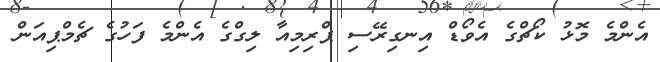
އެންމެ މޮޅު ކޯޗްގެ އެވޯޑް އިނގިރޭސި ޕްރިމިއާ ލިގްގެ އެންމެ ފަހުގެ ޗެމްޕިއަން